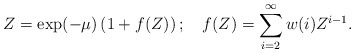
\begin{align*}Z = \exp(-\mu) \left( 1 + f(Z)\right); ~~~ f(Z) = \sum_{i=2}^{\infty}w(i)Z^{i-1}.\end{align*}